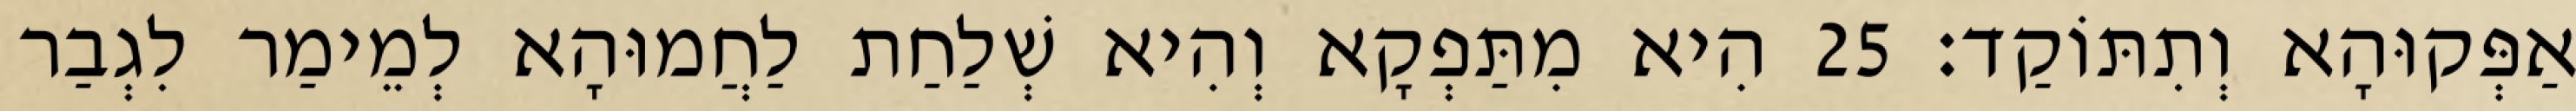
אַפְּקוּהָא וְתִתּוֹקַד׃ 25 הִיא מִתַּפְקָא וְהִיא שְׁלַחַת לַחֲמוּהָא לְמֵימַר לִגְבַר